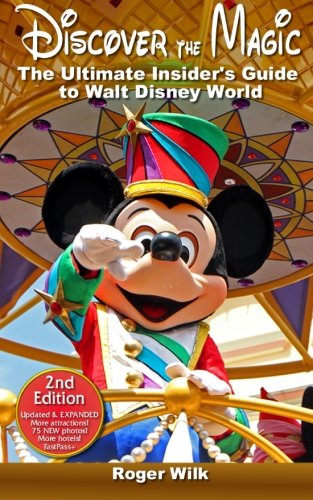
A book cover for Discover the Magic: The Ultimate Insider's Guide to Walt Disney World; Roger Wilk; Travel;